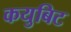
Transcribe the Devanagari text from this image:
कयुबिट